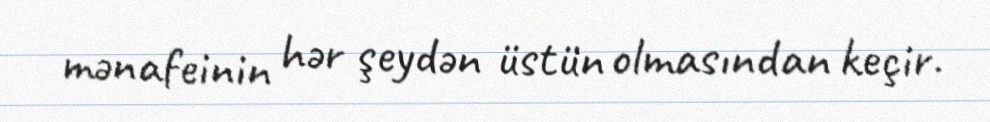
mənafeinin hər şeydən üstün olmasından keçir.